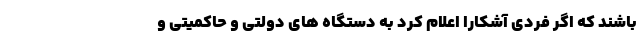
باشند که اگر فردی آشکارا اعلام کرد به دستگاه های دولتی و حاکمیتی و